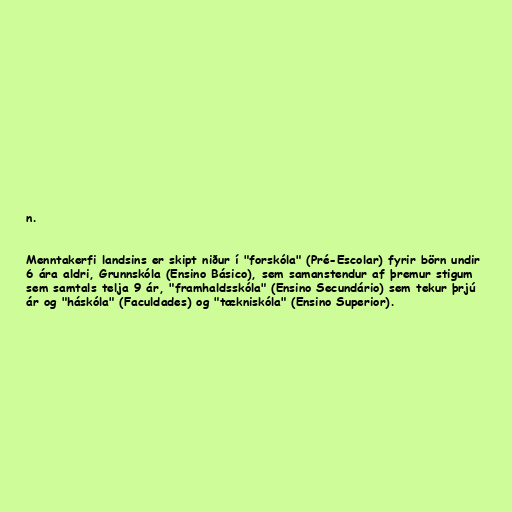
n.

Menntakerfi landsins er skipt niður í "forskóla" (Pré-Escolar) fyrir börn undir
6 ára aldri, Grunnskóla (Ensino Básico), sem samanstendur af þremur stigum
sem samtals telja 9 ár, "framhaldsskóla" (Ensino Secundário) sem tekur þrjú
ár og "háskóla" (Faculdades) og "tækniskóla" (Ensino Superior).